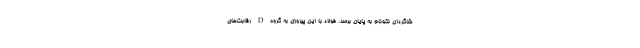
شاگردان نکونام به پایان برسد. فولاد با این پیروزی به گروه D رقابت‌های